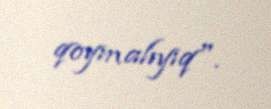
qoymalıyıq".